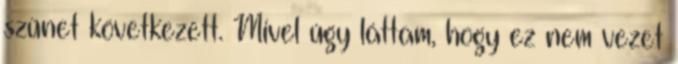
szünet következett. Mivel úgy láttam, hogy ez nem vezet